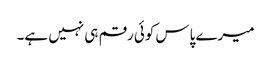
میرے پاس کوئی رقم ہی نہیں ہے۔